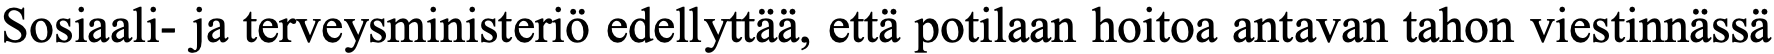
Sosiaali- ja terveysministeriö edellyttää, että potilaan hoitoa antavan tahon viestinnässä